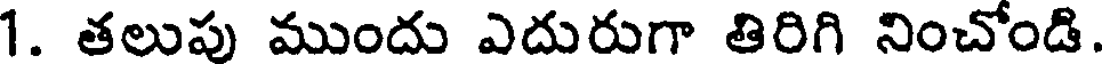
1. తలుపు ముందు ఎదురుగా తిరిగి నించోండి.